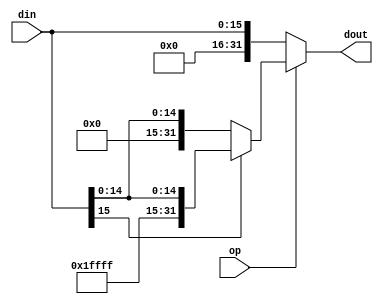
module ext(din, op, dout);
    input [15:0]din;
    input op;
    output reg[31:0]dout;


    always@(*)begin
        if(op==1)
            dout = (din[15]==0)?{16'b0, din}:{~16'b0, din};
        else
            dout = {16'h0, din};
    end
endmodule